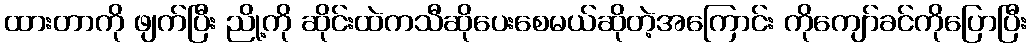
ထားတာကို ဖျက်ပြီး ညို့ကို ဆိုင်းထဲကသီဆိုပေးစေမယ်ဆိုတဲ့အကြောင်း ကိုကျော်ခင်ကိုပြောပြီး